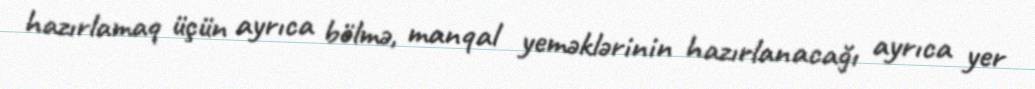
hazırlamaq üçün ayrıca bölmə, manqal yeməklərinin hazırlanacağı ayrıca yer